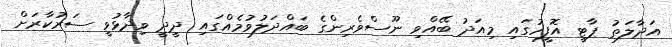
އަދާލަތު ޕާޓީ އޮފީހުގައި މިއަދު ބޭއްވި ނޫސްވެރިންގެ ބައްދަލުވުމެއްގައި ދީދީ ވިދާޅުވީ ސަރުކާރަށް